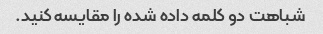
شباهت دو کلمه داده شده را مقایسه کنید.